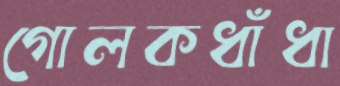
গোলকধাঁধা